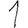
Digit: 1